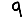
Digit: 9